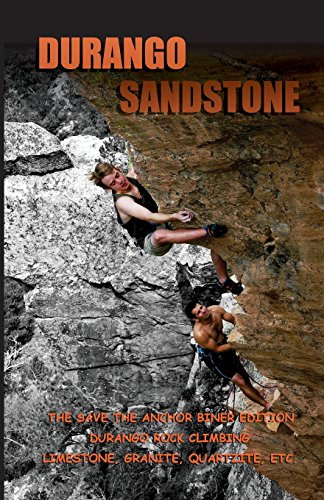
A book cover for Durango Sandstone: The Save The Anchor Biner Edition; Timothy J Kuss; Sports & Outdoors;